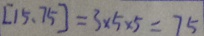
[ 1 5 . 7 5 ] = 3 \times 5 \times 5 = 7 5